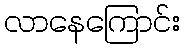
လာနေကြောင်း